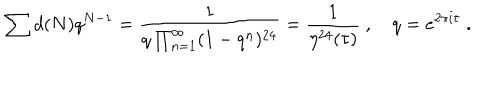
\sum d ( N ) q ^ { N - 1 } = \frac { 1 } { q \prod _ { n = 1 } ^ { \infty } ( 1 - q ^ { n } ) ^ { 2 4 } } = \frac { 1 } { \eta ^ { 2 4 } ( \tau ) } \ , \quad q = e ^ { 2 \pi i \tau } \ .